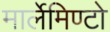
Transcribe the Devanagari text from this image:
मार्लेमिण्टो